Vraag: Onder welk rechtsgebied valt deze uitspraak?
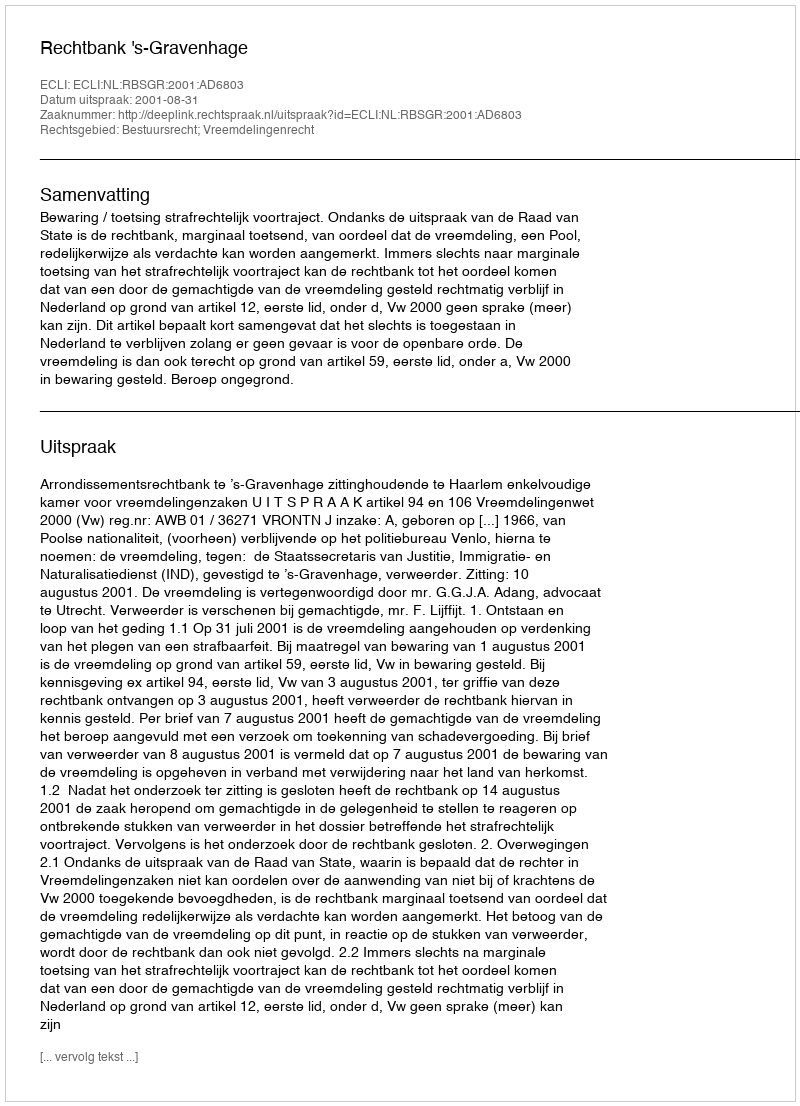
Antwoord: Bestuursrecht; Vreemdelingenrecht